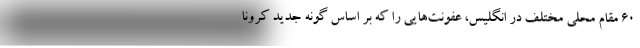
۶۰ مقام محلی مختلف در انگلیس، عفونت‌هایی را که بر اساس گونه جدید کرونا